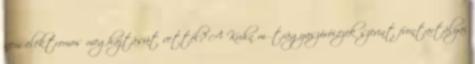
nem elektromos meghajtásút vettél? A Kuhn műtrágyaszórói,ezek szerint frontartályai